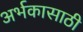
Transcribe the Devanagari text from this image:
अर्भकासाठी